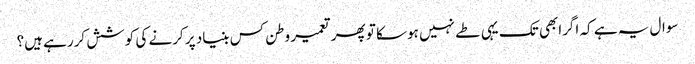
سوال یہ ہے کہ اگرابھی تک یہی طے نہیں ہوسکا تو پھر تعمیر وطن کس بنیاد پر کرنے کی کوشش کررہے ہیں؟